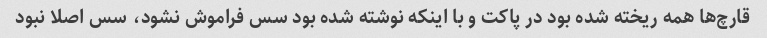
قارچ‌ها همه ریخته شده بود در پاکت و با اینکه نوشته شده بود سس فراموش نشود، سس اصلا نبود